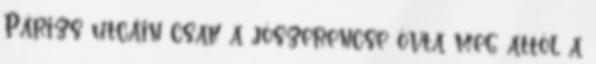
Párizs utcáin csak a jószerencse óvta meg attól a